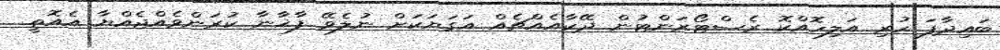
ބައިދާފަ ހުރި އަލިހޮއްކޮ ރެސްޓޯރަންޓުން ދޭކާއެއްޗެއް އަގަޔަކަށް ނުލެވޭ ފާޚާނާ ކުރަންވެއްޖެއްޔާ އެއޮތީ